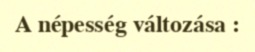
A népesség változása :